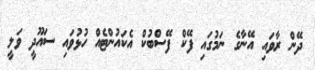
ދޭން ރާވައި އޭނާގެ ނަމުގައި ފޭކް ފޭސްބުކް އެކައުންޓެއް ހުޅުވައި ސައޫދީ ވަލީ